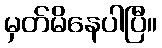
မှတ်မိနေပါပြီ။